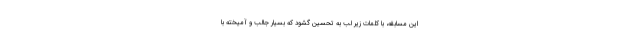
این مسابقه، با کلمات زیر لب به تحسین گشود که بسیار جالب و آمیخته با